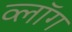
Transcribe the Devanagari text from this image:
व्लॉग